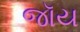
જૉય